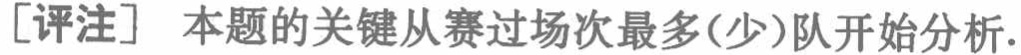
[评注] 本题的关键从赛过场次最多(少)队开始分析.